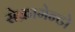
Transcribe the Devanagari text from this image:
सेक्रामेन्टो